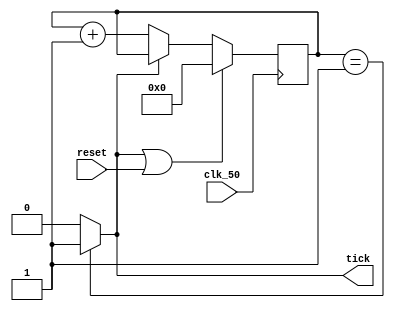
`ifndef configrable_clock_m
`define configrable_clock_m
module configrable_clock (clk_50, reset, tick);
  input clk_50;
  input reset;
  output tick;

  reg [25:0] high_f_reg;
  wire enable_high;
  parameter period = 26'd1; //default half frequency

  assign enable_high = (high_f_reg == period)? 1'b1 : 1'b0;

  // high frequency counter
  always @ (posedge clk_50) begin
    if(enable_high == 1'b1 | reset == 1'b1) begin
      high_f_reg <= 0; // reset
    end
    else if(enable_high == 1'b0)
      high_f_reg <= high_f_reg + 1; // count
  end
  assign tick = enable_high;
endmodule // pulse_processor
`endif